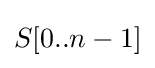
S[0..n-1]